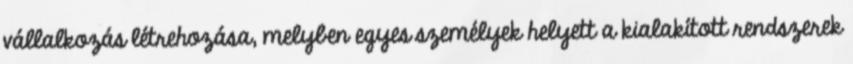
vállalkozás létrehozása, melyben egyes személyek helyett a kialakított rendszerek